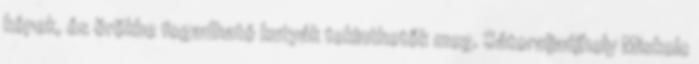
képek, és örökbe fogadható kutyák tekinthetők meg. Sátoraljaújhely Miskolc